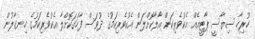
ހުރިހާ ސިޔާސީ ޕާޓީއެއް އެކުވެރިކަން އާލާކޮށްލަން އެކުވެރިކަމުގެ ދުވަސް ފާހަގަކޮށްލާ އެކުވެރިކަމުގެ ހިނގާލުން